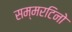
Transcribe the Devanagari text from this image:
सम्मरटिनो